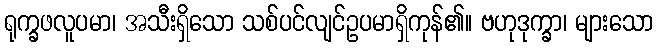
ရုက္ခဖလူပမာ၊ အသီးရှိသော သစ်ပင်လျင်ဥပမာရှိကုန်၏။ ဗဟုဒုက္ခာ၊ များသော